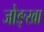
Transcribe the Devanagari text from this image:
जोङ्खा